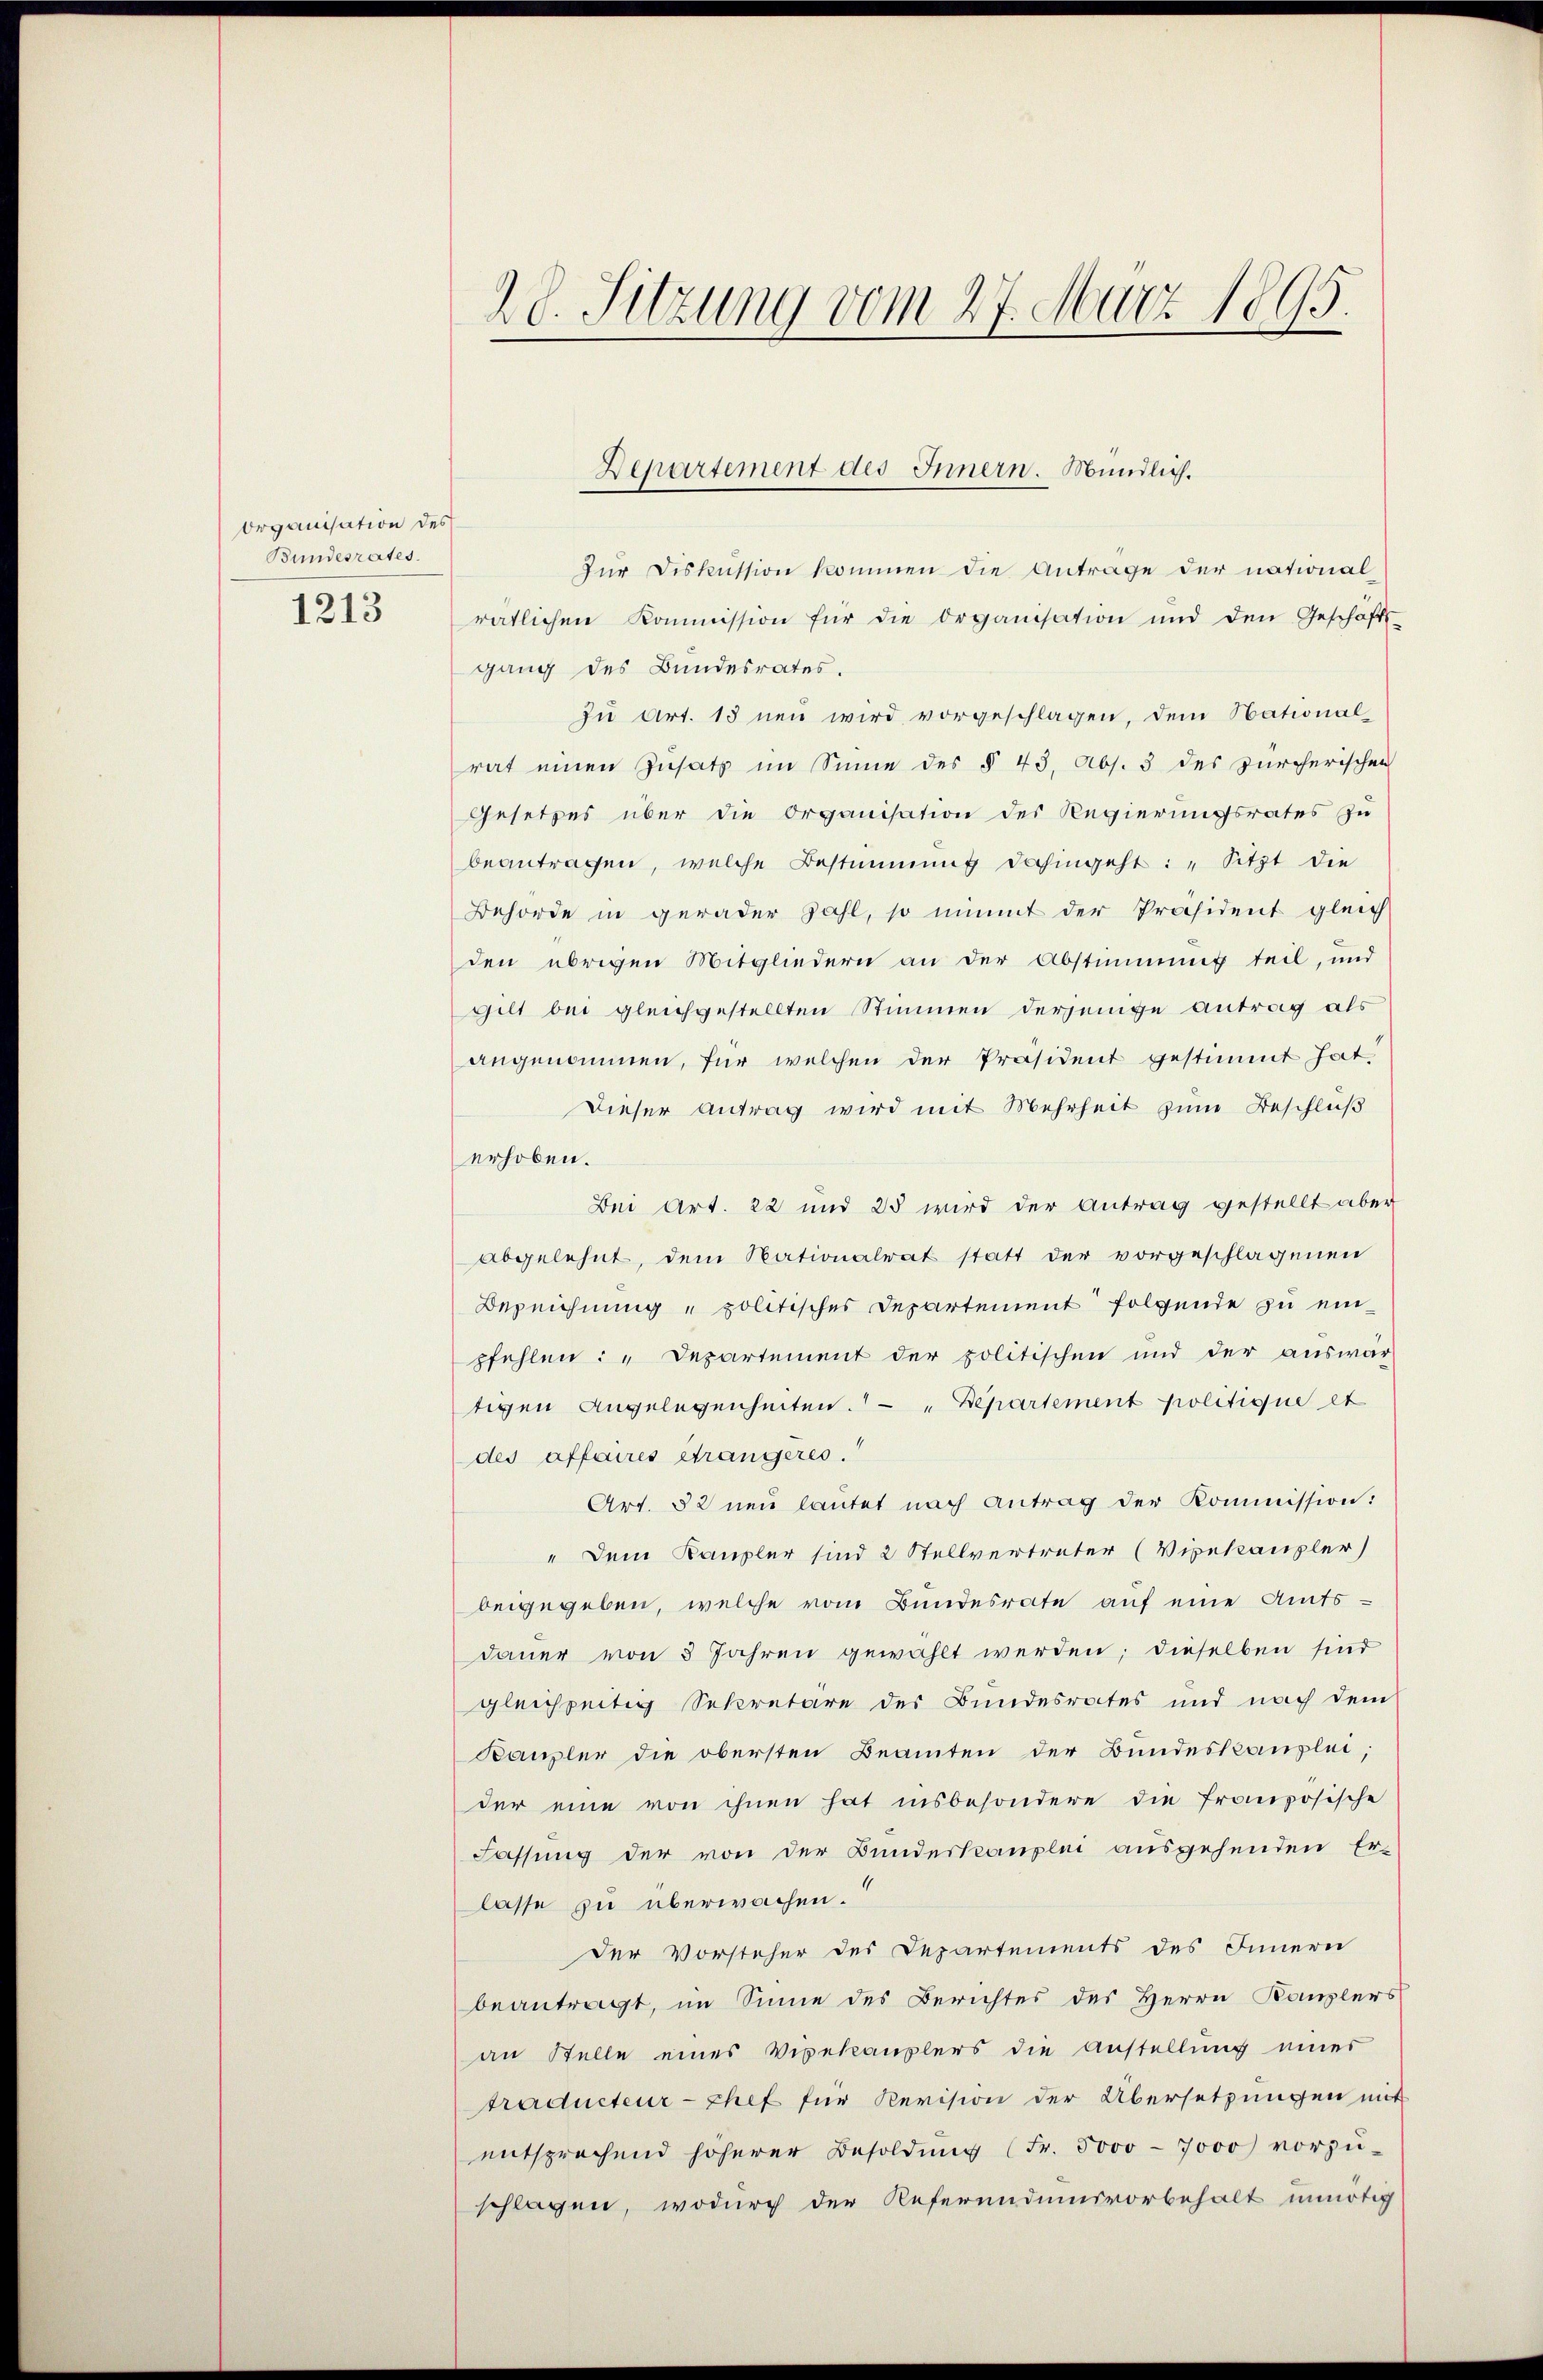
Organisation des
Bundesrates.
1213

28. Sitzung vom 27. März 1895.

Zur Diskussion kommen die Antrage der nationalratlichen Kommission für die Organisation und den Geschäfts-
gang des Bundesrates.
zu Art. 13 neu wird vorgeschlagen, dem National-
rat einen Zusatz im Sinne des § 43, Abs. 3 des zürcherischen
Gesetzes über die Organisation des Regierungsrates zu
beantragen, welche Bestimmung dahingeht: „Sitzt die
Behörde in gerader Zahl, so nimmt der Präsident gleich
den übrigen Mitgliedern an der Abstimmung teil, und
gilt bei gleichgestellten Stimmen derjenige Antrag als
angenommen, für welchen der Präsident gestimmt hat,
Dieser Antrag wird mit Mehrheit zum Beschluß
erhoben.
Bei Art. 22 und 25 wird der Antrag gestellt aber
abgelehnt, dem Nationalrat statt der vorgeschlagenen
Bezeichnung „politisches Departement folgende zu einpfehlen: „Departement der politischen und der auswär-
tigen Angelegenheiten. "Departement politique et
des affaires étrangeres.
Art. 52 neu lautet nach Antrag der Kommission:
" Dem Kanzler sind 2 Stellvertreter (Vizekanzler)
beigegeben, welche vom Bundesrate auf eine Amts-
dauer von 5 Jahren gewählt werden; dieselben sind
gleichzeitig Sekretäre des Bundesrates und nach dem
Kanzler die obersten Beamten der Bundeskanzlei,
der eine von ihnen hat insbesondere die französische
Fassung der von der Bundeskanzlei ausgehenden Er-
lasse zu überwachen.
der Vorsteher des Departements des Innern
beantragt, im Sinne des Berichtes des Herrn Kanzlers
an Stelle eines Vigekauplers die Anstellung einer
traducteur-Chef für Revision der Übersetzungen mit
entsprechend höherer Besoldŭng (Fr. 5000 - 7000 vorzŭ-
schlagen, wodurch der Referendumsvorbehalt unnötig

Departement des Innern. Mündlich.